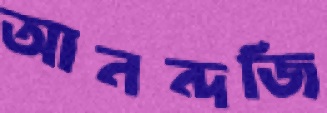
আনন্দজি